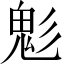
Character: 鬽